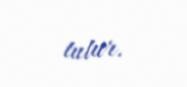
tutur.